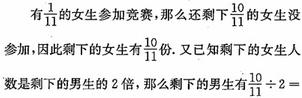
有$\frac{1}{11}$的女生参加竞赛，那么还剩下$\frac{10}{11}$的女生没有参加，因此剩下的女生有$\frac{10}{11}$份. 又已知剩下的女生人数是剩下的男生的$2$倍，那么剩下的男生有$\frac{10}{11}\div 2 =$